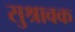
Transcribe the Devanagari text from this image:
सुश्रावक